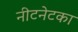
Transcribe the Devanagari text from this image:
नीटनेटका